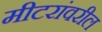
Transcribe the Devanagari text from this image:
मीटरांवरील